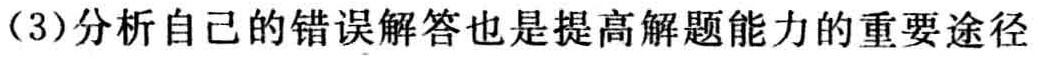
（3）分析自己的错误解答也是提高解题能力的重要途径